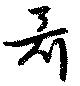
囁